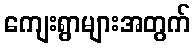
ကျေးရွာများအတွက်